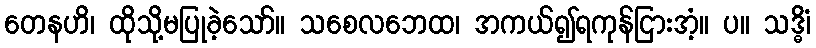
တေနဟိ၊ ထိုသို့မပြုခဲ့သော်။ သစေလဘေထ၊ အကယ်၍ရကုန်ငြားအံ့။ ပ။ သဒ္ဓိံ၊